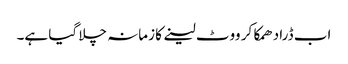
اب ڈرا دھمکا کر ووٹ لینے کا زمانہ چلا گیا ہے۔